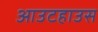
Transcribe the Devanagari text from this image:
आउटहाउस